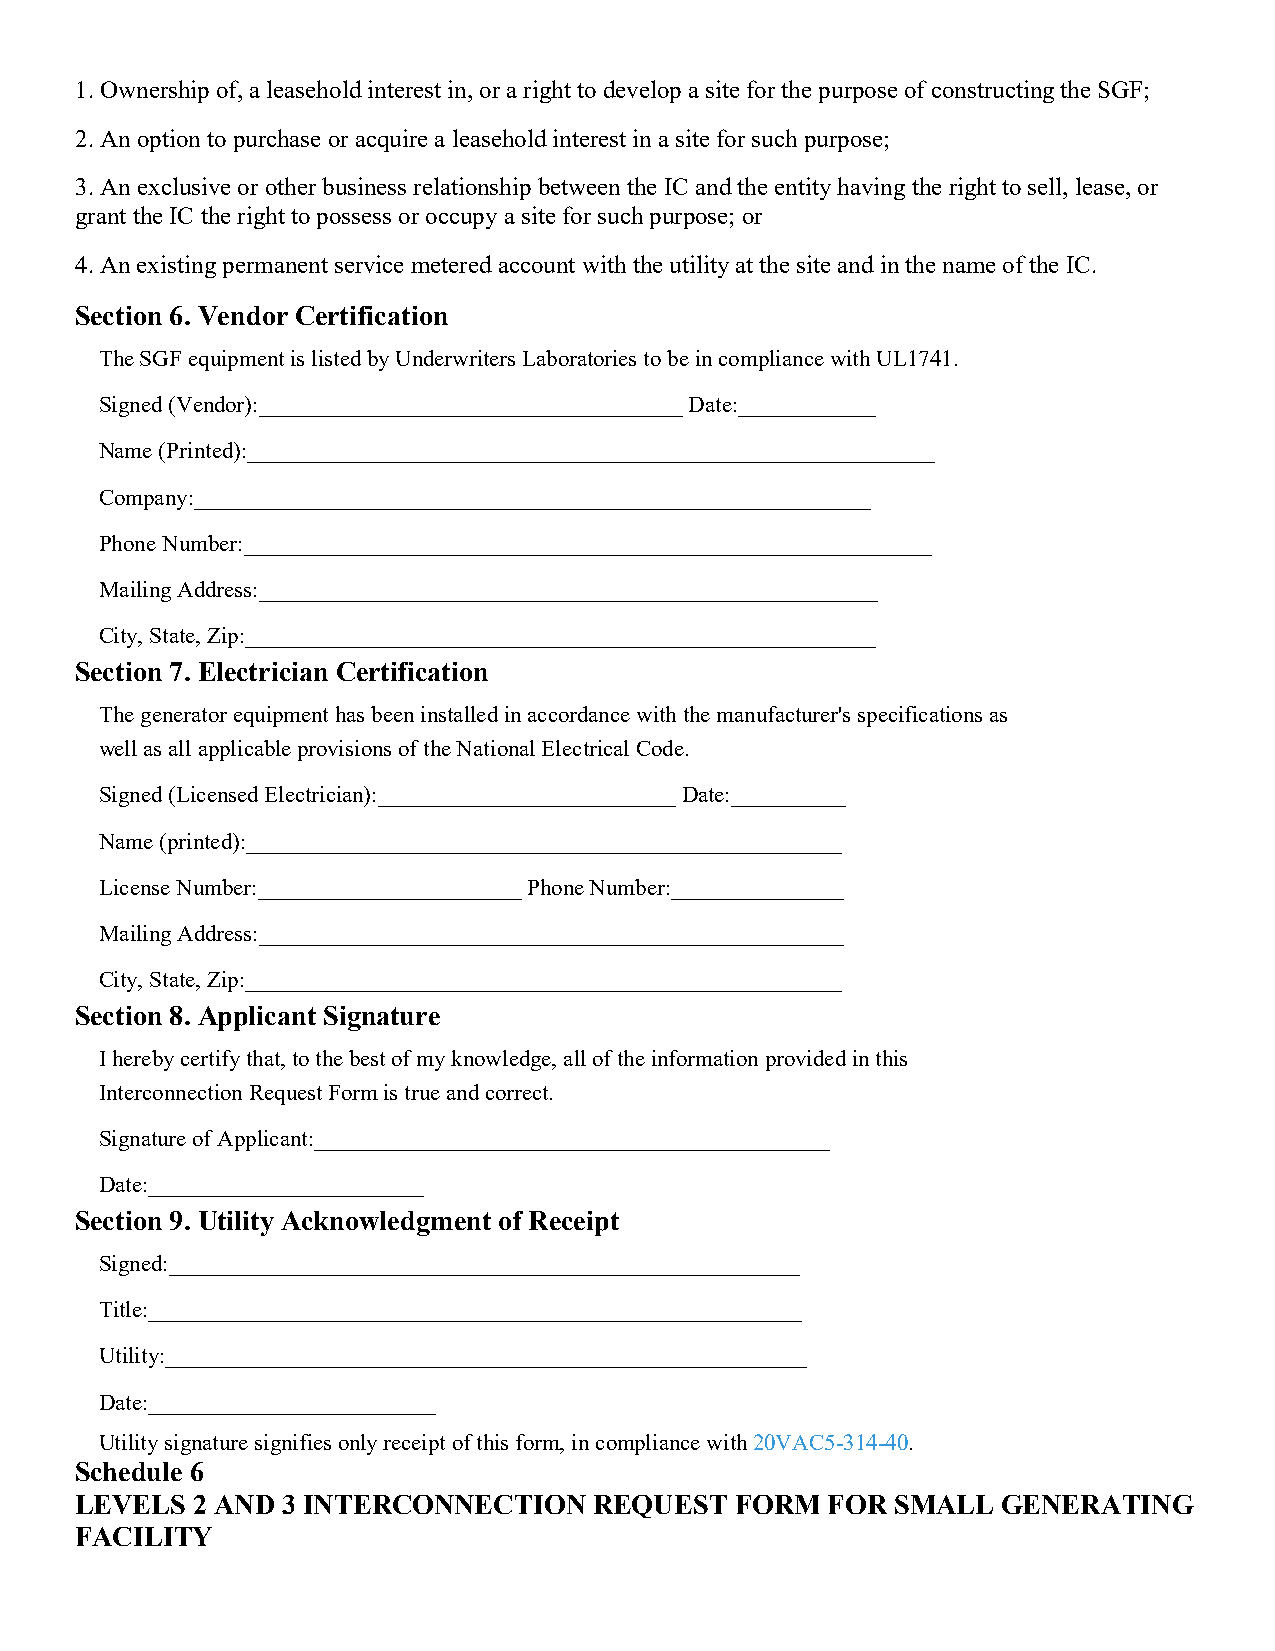
1. Ownership of, a leasehold interest in, or a right to develop a site for the purpose of constructing the SGF;
 2. An option to purchase or acquire a leasehold interest in a site for such purpose;
 3. An exclusive or other business relationship between the IC and the entity having the right to sell, lease, or
 grant the IC the right to possess or occupy a site for such purpose; or
 4. An existing permanent service metered account with the utility at the site and in the name of the IC.
 Section 6. Vendor Certification
 The SGF equipment is listed by Underwriters Laboratories to be in compliance with UL1741.
 Signed (Vendor):_____________________________________ Date:____________
 Name (Printed):____________________________________________________________
 Company:___________________________________________________________
 Phone Number:____________________________________________________________
 Mailing Address:______________________________________________________
 City, State, Zip:_______________________________________________________
 Section 7. Electrician Certification
 The generator equipment has been installed in accordance with the manufacturer's specifications as
 well as all applicable provisions of the National Electrical Code.
 Signed (Licensed Electrician):__________________________ Date:__________
 Name (printed):____________________________________________________
 License Number:_______________________ Phone Number:_______________
 Mailing Address:___________________________________________________
 City, State, Zip:____________________________________________________
 Section 8. Applicant Signature
 I hereby certify that, to the best of my knowledge, all of the information provided in this
 Interconnection Request Form is true and correct.
 Signature of Applicant:_____________________________________________
 Date:________________________
 Section 9. Utility Acknowledgment of Receipt
 Signed:_______________________________________________________
 Title:_________________________________________________________
 Utility:________________________________________________________
 Date:_________________________
 Utility signature signifies only receipt of this form, in compliance with 20VAC5-314-40.
 Schedule 6
 LEVELS  2 AND 3 INTERCONNECTION   REQUEST   FORM  FOR SMALL  GENERATING
 FACILITY